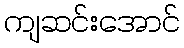
ကျဆင်းအောင်